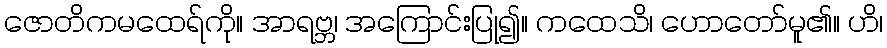
ဇောတိကမထေရ်ကို။ အာရဗ္ဘ၊ အကြောင်းပြု၍။ ကထေသိ၊ ဟောတော်မူ၏။ ဟိ၊